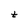
Character: t